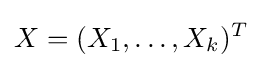
X=(X_{1},\ldots ,X_{k})^{T}